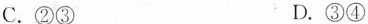
C.②③ D.③④